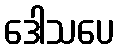
ဒေါသပေ